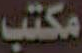
مكتب